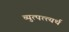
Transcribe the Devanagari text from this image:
व्युत्पत्त्यर्थ